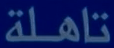
تاهلة